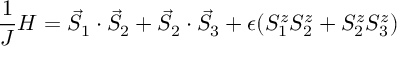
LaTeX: \frac { 1 } { J } H = \vec { S } _ { 1 } \cdot \vec { S } _ { 2 } + \vec { S } _ { 2 } \cdot \vec { S } _ { 3 } + \epsilon ( S _ { 1 } ^ { z } S _ { 2 } ^ { z } + S _ { 2 } ^ { z } S _ { 3 } ^ { z } )